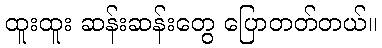
ထူးထူး ဆန်းဆန်းတွေ ပြောတတ်တယ်။